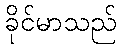
ခိုင်မာသည်